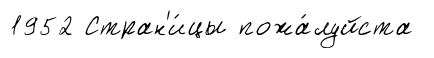
1952 Стран'и́цы пожа́луйста